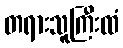
တရားသူကြီးထံ